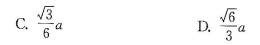
C.\frac{\sqrt{3} }{6} a D.\frac{}\sqrt{6}{3}a